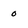
Character: 0